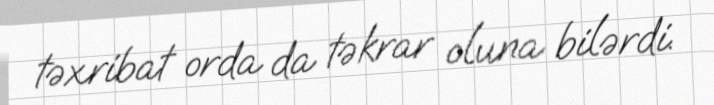
təxribat orda da təkrar oluna bilərdi.